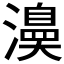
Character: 𭳅